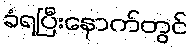
ခံရပြီးနောက်တွင်